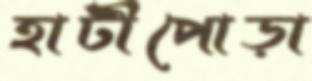
হাটীপোড়া